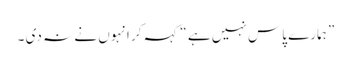
” ہمارے پاس نہیں ہے “کہہ کر انہوں نے نہ دی ۔